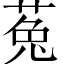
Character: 菟